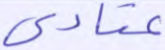
عتادى